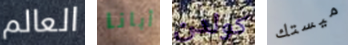
العالم أبانا كولدن ميستك